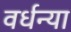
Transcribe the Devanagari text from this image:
वर्धन्या